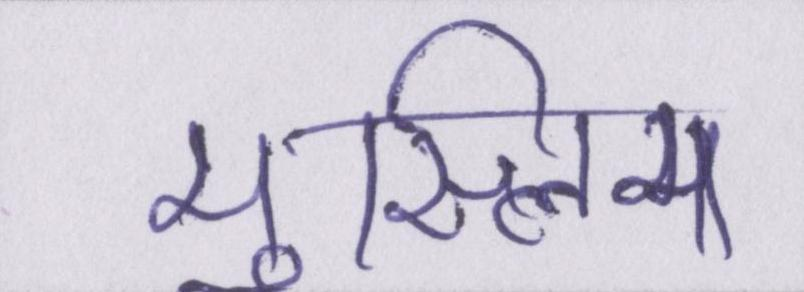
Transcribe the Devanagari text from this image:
मुस्लिम